Vaccine operations Central Provinces 1886-1899 - 1886-1899
Year: 1886
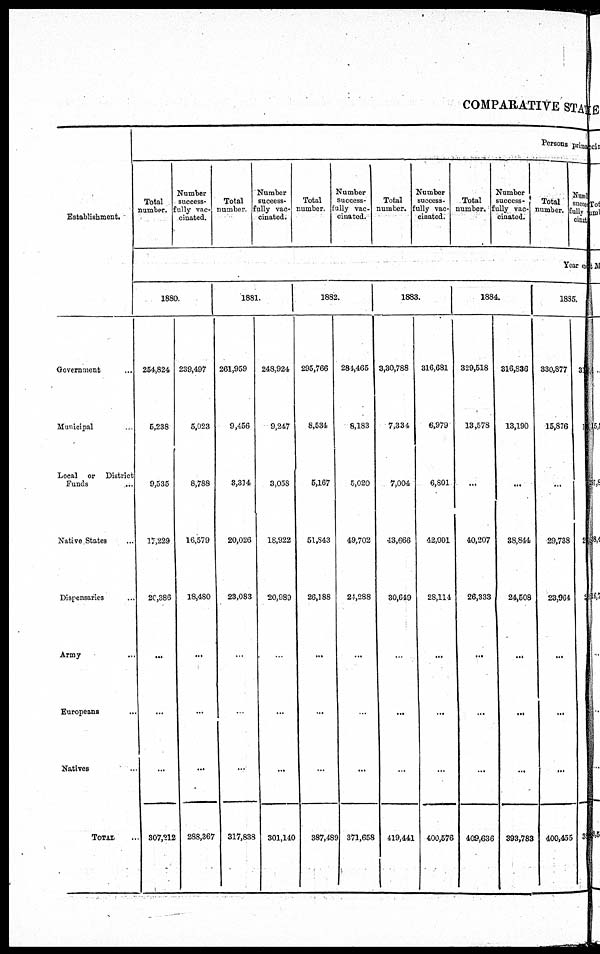
COMPARATIVE STATE
Establishment.
Government ...
Municipal ...
Local or District
Funds ...
Native States ...
Dispensaries ...
Army ...
Europeans ...
Natives ...
TOTAL ...
Persons prima
Total
number.
Number
success¬
fully vac-
cinated.
Total
number.
Number
success¬
fully vac-
cinated.
Total
number.
Number
success¬
fully vac-
cinated.
Total
number.
Number
success-
fully vac-
cinated.
Total
number.
Number
success¬
fully vac-
cinated.
Total
number.
Numb
succe¬
fully
cinat
Year en
1880.
254,824
5,238
9,535
17,229
20,386
...
...
...
307,212
239,497
5,023
8,788
16,579
18,480
...
...
...
288,367
1881.
261,959
9,456
3,314
20,026
23,083
...
...
...
317,838
248,924
9,247
3,058
18,922
20,989
...
...
...
301,140
1882.
295,766
8,534
5,167
5l,843
26,188
...
...
...
387,489
281,465
8,183
5,020
49,702
24,288
...
...
...
371,658
1883.
3,30,788
7,334
7,004
43,666
30,649
...
...
...
419,441
316,681
6,979
6,801
42,001
28,114
...
...
...
400,576
1884.
329,518
13,578
...
40,207
26,333
...
...
...
409,636
316,836
13,190
...
38,844
24,508
...
...
...
393,783
1885.
330,877
15,876
...
29,738
23,964
...
...
...
400,455
3
2
1
31